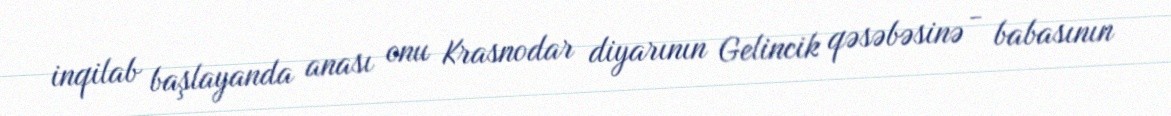
inqilab başlayanda anası onu Krasnodar diyarının Gelincik qəsəbəsinə - babasının